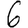
Digit: 6